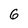
Character: 6